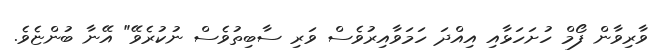
ވާރިވާން ފޯމް ހުށަހަޅާއި އިއްދަ ހަމަވާއިރުވެސް ވަރި ސާބިތުވެސް ނުކުރެވޭ" އޭނާ ބުންޏެވެ.